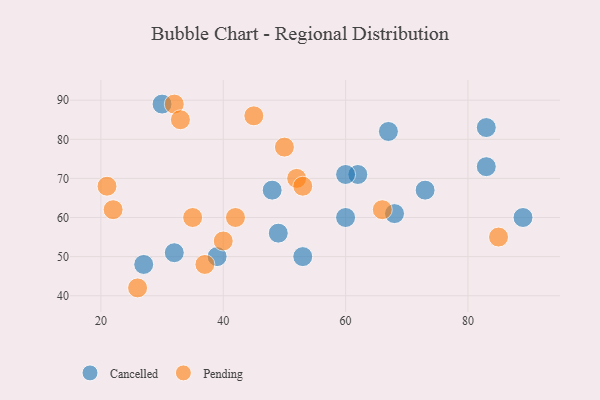
{"axis": {"x": "GDP", "y": "Life Expectancy"}, "legend": ["Cancelled", "Pending"], "data": [{"x": "39", "y": 50, "type": "Cancelled"}, {"x": "62", "y": 71, "type": "Cancelled"}, {"x": "30", "y": 89, "type": "Cancelled"}, {"x": "60", "y": 71, "type": "Cancelled"}, {"x": "89", "y": 60, "type": "Cancelled"}, {"x": "27", "y": 48, "type": "Cancelled"}, {"x": "67", "y": 82, "type": "Cancelled"}, {"x": "53", "y": 50, "type": "Cancelled"}, {"x": "60", "y": 60, "type": "Cancelled"}, {"x": "83", "y": 83, "type": "Cancelled"}, {"x": "73", "y": 67, "type": "Cancelled"}, {"x": "83", "y": 73, "type": "Cancelled"}, {"x": "48", "y": 67, "type": "Cancelled"}, {"x": "68", "y": 61, "type": "Cancelled"}, {"x": "32", "y": 51, "type": "Cancelled"}, {"x": "49", "y": 56, "type": "Cancelled"}, {"x": "52", "y": 70, "type": "Pending"}, {"x": "32", "y": 89, "type": "Pending"}, {"x": "26", "y": 42, "type": "Pending"}, {"x": "22", "y": 62, "type": "Pending"}, {"x": "45", "y": 86, "type": "Pending"}, {"x": "50", "y": 78, "type": "Pending"}, {"x": "40", "y": 54, "type": "Pending"}, {"x": "37", "y": 48, "type": "Pending"}, {"x": "21", "y": 68, "type": "Pending"}, {"x": "35", "y": 60, "type": "Pending"}, {"x": "85", "y": 55, "type": "Pending"}, {"x": "33", "y": 85, "type": "Pending"}, {"x": "66", "y": 62, "type": "Pending"}, {"x": "53", "y": 68, "type": "Pending"}, {"x": "42", "y": 60, "type": "Pending"}]}